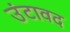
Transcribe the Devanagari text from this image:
उंटावद